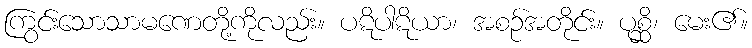
ကြွင်းသောသာမဏေတို့ကိုလည်း။ ပဋိပါဋိယာ၊ အစဉ်အတိုင်း။ ပုစ္ဆိ၊ မေး၏။